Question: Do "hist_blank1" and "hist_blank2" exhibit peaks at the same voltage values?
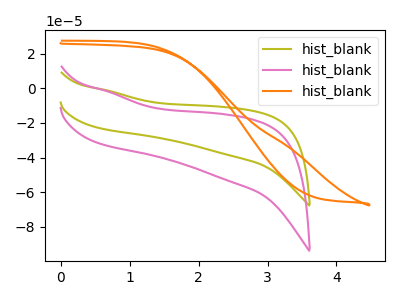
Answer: <think>The olive curve "hist_blank1" has no peaks. The pink curve "hist_blank2" has no peaks. The orange curve "hist_blank3" has no peaks.</think>
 <answer>Niether CV has any peaks.</answer>
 <eval>blanks</eval>